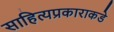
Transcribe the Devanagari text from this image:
साहित्यप्रकाराकडे